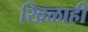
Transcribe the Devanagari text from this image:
खिळाही